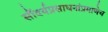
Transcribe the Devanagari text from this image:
सौंदर्यप्रसाधनांप्रमाणेच